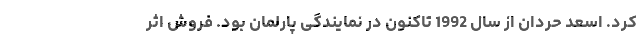
کرد. اسعد حردان از سال 1992 تاکنون در نمایندگی پارلمان بود. فروش اثر